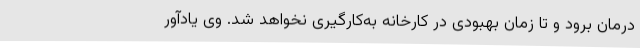
درمان برود و تا زمان بهبودی در کارخانه به‌کارگیری نخواهد شد. وی یادآور